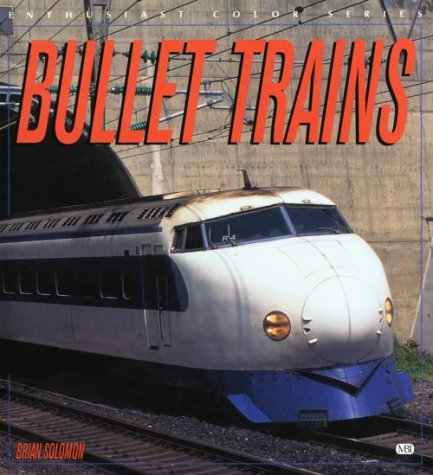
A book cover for Bullet Trains (Enthusiast Color); Brian Solomon; Engineering & Transportation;